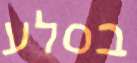
בסלע